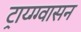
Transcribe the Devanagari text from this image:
ट्राय्ग्ग्वासन